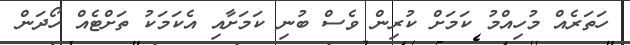
ހަތަރެއް މުހިއްމު ކަމަށް ކުރިން ވެސް ބުނި ކަމަށާއި އެކަމަކު ތަށްޓެއް ހޯދަން